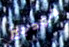
هودجيز